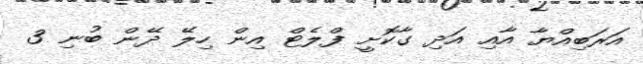
އަރަބިއްޔާ އާއި އަދި ގާކޮށީ ފްލެޓް އިން ހިލޭ ދޭން ބުނި 3